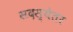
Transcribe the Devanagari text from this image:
सदस्येतर